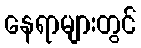
နေရာများတွင်